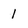
Character: 1